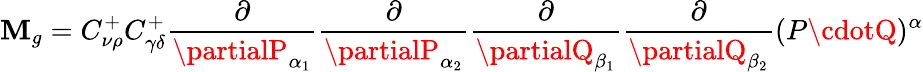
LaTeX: \mathbf{M}_{g}=C_{\nu\rho}^{+}C_{\gamma\delta}^{+}\frac{{\partial}}{{\partialP_{\alpha_{1}}}}\frac{{\partial}}{{\partialP_{\alpha_{2}}}}\frac{{\partial}}{{\partialQ_{\beta_{1}}}}\frac{{\partial}}{{\partialQ_{\beta_{2}}}}(P\cdotQ)^{\alpha}